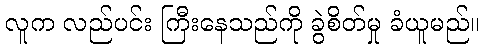
လူက လည်ပင်း ကြီးနေသည်ကို ခွဲစိတ်မှု ခံယူမည်။